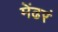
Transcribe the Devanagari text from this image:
मेंढरं